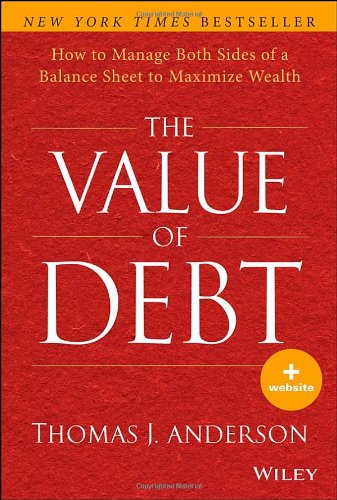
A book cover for The Value of Debt: How to Manage Both Sides of a Balance Sheet to Maximize Wealth; Thomas J. Anderson; Business & Money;